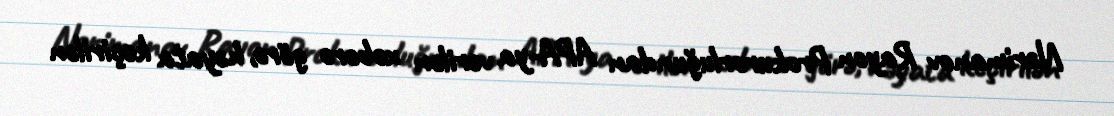
Nərimanov Rayon Prokurorluğundan APA-ya verilən xəbərə görə, həyata keçirilən